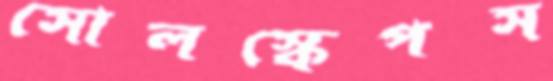
সোলস্কেপস